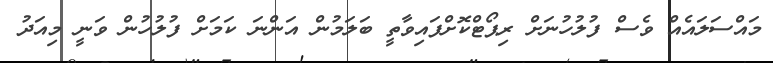
މައްސަލައެއް ވެސް ފުލުހުނަށް ރިޕޯޓްކޮށްފައިވާތީ ބަލަމުން އަންނަ ކަމަށް ފުލުހުން ވަނީ މިއަދު